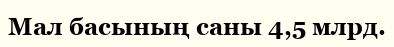
Мал басының саны 4,5 млрд.